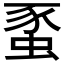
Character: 𧋠